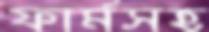
ফার্মসহ